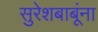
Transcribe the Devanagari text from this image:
सुरेशबाबूंना